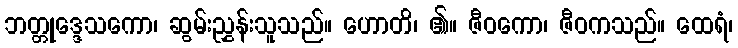
ဘတ္တုဒ္ဒေသကော၊ ဆွမ်းညွှန်းသူသည်။ ဟောတိ၊ ၏။ ဇီဝကော၊ ဇီဝကသည်။ ထေရံ၊